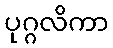
ပုဂ္ဂလိကာ